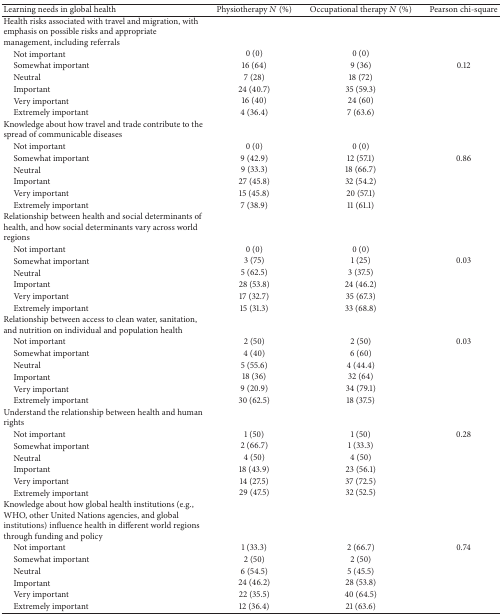
<table><thead><tr><td><b>Learning needs in global health</b></td><td><b>Physiotherapy <i>N</i> (%)</b></td><td><b>Occupational therapy <i>N</i> (%)</b></td><td><b>Pearson chi-square</b></td></tr></thead><tbody><tr><td>Health risks associated with travel and migration, with emphasis on possible risks and appropriate management, including referrals</td><td> </td><td> </td><td> </td></tr><tr><td> Not important </td><td>0 (0)</td><td>0 (0)</td><td> </td></tr><tr><td> Somewhat important</td><td>16 (64)</td><td>9 (36)</td><td>0.12</td></tr><tr><td> Neutral</td><td>7 (28)</td><td>18 (72)</td><td> </td></tr><tr><td> Important</td><td>24 (40.7)</td><td>35 (59.3)</td><td> </td></tr><tr><td> Very important</td><td>16 (40)</td><td>24 (60)</td><td> </td></tr><tr><td> Extremely important</td><td>4 (36.4)</td><td>7 (63.6)</td><td> </td></tr><tr><td>Knowledge about how travel and trade contribute to the spread of communicable diseases</td><td> </td><td> </td><td> </td></tr><tr><td> Not important </td><td>0 (0)</td><td>0 (0)</td><td> </td></tr><tr><td> Somewhat important</td><td>9 (42.9)</td><td>12 (57.1)</td><td>0.86</td></tr><tr><td> Neutral</td><td>9 (33.3)</td><td>18 (66.7)</td><td> </td></tr><tr><td> Important</td><td>27 (45.8)</td><td>32 (54.2)</td><td> </td></tr><tr><td> Very important</td><td>15 (45.8)</td><td>20 (57.1)</td><td> </td></tr><tr><td> Extremely important</td><td>7 (38.9)</td><td>11 (61.1)</td><td> </td></tr><tr><td>Relationship between health and social determinants of health, and how social determinants vary across world regions</td><td> </td><td> </td><td> </td></tr><tr><td> Not important </td><td>0 (0)</td><td>0 (0)</td><td> </td></tr><tr><td> Somewhat important</td><td>3 (75)</td><td>1 (25)</td><td>0.03</td></tr><tr><td> Neutral</td><td>5 (62.5)</td><td>3 (37.5)</td><td> </td></tr><tr><td> Important</td><td>28 (53.8)</td><td>24 (46.2)</td><td> </td></tr><tr><td> Very important</td><td>17 (32.7)</td><td>35 (67.3)</td><td> </td></tr><tr><td> Extremely important</td><td>15 (31.3)</td><td>33 (68.8)</td><td> </td></tr><tr><td>Relationship between access to clean water, sanitation, and nutrition on individual and population health</td><td> </td><td> </td><td> </td></tr><tr><td> Not important </td><td>2 (50)</td><td>2 (50)</td><td>0.03</td></tr><tr><td> Somewhat important</td><td>4 (40)</td><td>6 (60)</td><td> </td></tr><tr><td> Neutral</td><td>5 (55.6)</td><td>4 (44.4)</td><td> </td></tr><tr><td> Important</td><td>18 (36)</td><td>32 (64)</td><td> </td></tr><tr><td> Very important</td><td>9 (20.9)</td><td>34 (79.1)</td><td> </td></tr><tr><td> Extremely important</td><td>30 (62.5)</td><td>18 (37.5)</td><td> </td></tr><tr><td>Understand the relationship between health and human rights</td><td> </td><td> </td><td> </td></tr><tr><td> Not important </td><td>1 (50)</td><td>1 (50)</td><td>0.28</td></tr><tr><td> Somewhat important</td><td>2 (66.7)</td><td>1 (33.3)</td><td> </td></tr><tr><td> Neutral</td><td>4 (50)</td><td>4 (50)</td><td> </td></tr><tr><td> Important</td><td>18 (43.9)</td><td>23 (56.1)</td><td> </td></tr><tr><td> Very important</td><td>14 (27.5) </td><td>37 (72.5)</td><td> </td></tr><tr><td> Extremely important</td><td>29 (47.5)</td><td>32 (52.5)</td><td> </td></tr><tr><td>Knowledge about how global health institutions (e.g., WHO, other United Nations agencies, and global institutions) influence health in different world regions through funding and policy</td><td> </td><td> </td><td> </td></tr><tr><td> Not important </td><td>1 (33.3)</td><td>2 (66.7)</td><td>0.74</td></tr><tr><td> Somewhat important</td><td>2 (50)</td><td>2 (50)</td><td> </td></tr><tr><td> Neutral</td><td>6 (54.5)</td><td>5 (45.5)</td><td> </td></tr><tr><td> Important</td><td>24 (46.2)</td><td>28 (53.8)</td><td> </td></tr><tr><td> Very important</td><td>22 (35.5)</td><td>40 (64.5)</td><td> </td></tr><tr><td> Extremely important</td><td>12 (36.4)</td><td>21 (63.6)</td><td> </td></tr></tbody></table>